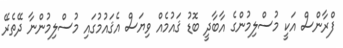
ފްރާންސް އަކީ މުސްލިމުންގެ އާބާދީ ބޮޑު ޤައުމެއް ވިޔަސް އެޤައުމުގައި މުސްލިމުންނާ ދޭތެރޭ